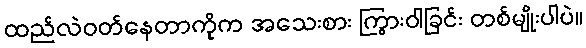
ထည်လဲဝတ်နေတာကိုက အသေးစား ကြွားဝါခြင်း တစ်မျိုးပါပဲ။